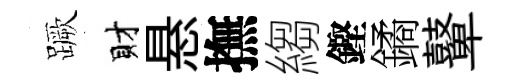
蹶財悬撫縐鏗鐍鼙